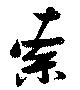
索